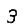
Digit: 3